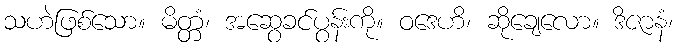
သဟဲဖြစ်သော။ မိတ္တံ၊ အဆွေခင်ပွန်းကို။ ဝဒေဟိ၊ ဆိုချေလော။ ဒိဇာနံ၊